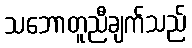
သဘောတူညီချက်သည်